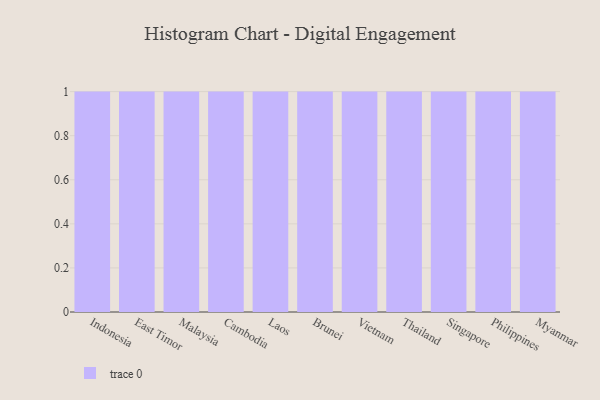
{"axis": {"x": "Country", "y": "Humidity (%)"}, "legend": [""], "data": [{"x": "Indonesia", "y": 28, "type": ""}, {"x": "East Timor", "y": 77, "type": ""}, {"x": "Malaysia", "y": 49, "type": ""}, {"x": "Cambodia", "y": 43, "type": ""}, {"x": "Laos", "y": 58, "type": ""}, {"x": "Brunei", "y": 57, "type": ""}, {"x": "Vietnam", "y": 27, "type": ""}, {"x": "Thailand", "y": 57, "type": ""}, {"x": "Singapore", "y": 84, "type": ""}, {"x": "Philippines", "y": 31, "type": ""}, {"x": "Myanmar", "y": 80, "type": ""}]}